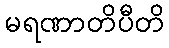
မရဏာတိပီတိ